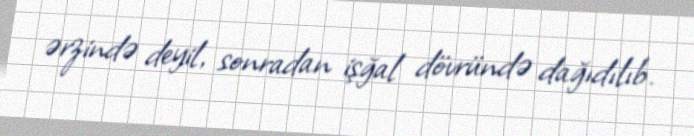
ərzində deyil, sonradan işğal dövründə dağıdılıb.